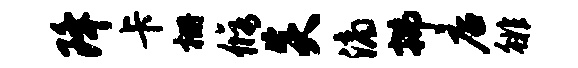
降卡栅修炎滴拂店徘